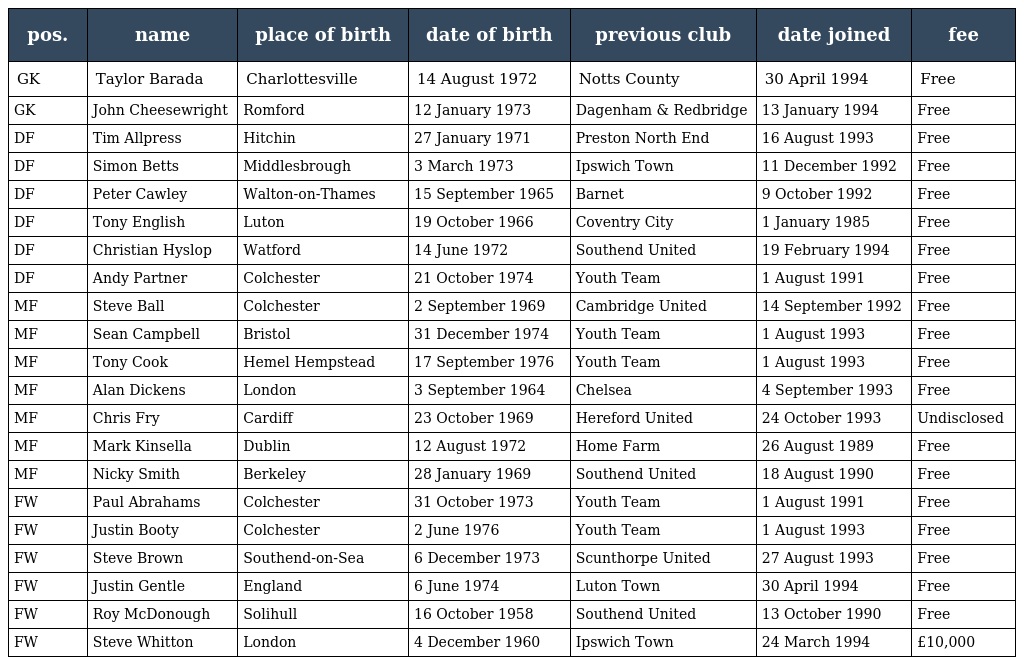
| pos. | name | place of birth | date of birth | previous club | date joined | fee |
 | --- | --- | --- | --- | --- | --- | --- |
 | GK | Taylor Barada | Charlottesville | 14 August 1972 | Notts County | 30 April 1994 | Free |
 | GK | John Cheesewright | Romford | 12 January 1973 | Dagenham & Redbridge | 13 January 1994 | Free |
 | DF | Tim Allpress | Hitchin | 27 January 1971 | Preston North End | 16 August 1993 | Free |
 | DF | Simon Betts | Middlesbrough | 3 March 1973 | Ipswich Town | 11 December 1992 | Free |
 | DF | Peter Cawley | Walton-on-Thames | 15 September 1965 | Barnet | 9 October 1992 | Free |
 | DF | Tony English | Luton | 19 October 1966 | Coventry City | 1 January 1985 | Free |
 | DF | Christian Hyslop | Watford | 14 June 1972 | Southend United | 19 February 1994 | Free |
 | DF | Andy Partner | Colchester | 21 October 1974 | Youth Team | 1 August 1991 | Free |
 | MF | Steve Ball | Colchester | 2 September 1969 | Cambridge United | 14 September 1992 | Free |
 | MF | Sean Campbell | Bristol | 31 December 1974 | Youth Team | 1 August 1993 | Free |
 | MF | Tony Cook | Hemel Hempstead | 17 September 1976 | Youth Team | 1 August 1993 | Free |
 | MF | Alan Dickens | London | 3 September 1964 | Chelsea | 4 September 1993 | Free |
 | MF | Chris Fry | Cardiff | 23 October 1969 | Hereford United | 24 October 1993 | Undisclosed |
 | MF | Mark Kinsella | Dublin | 12 August 1972 | Home Farm | 26 August 1989 | Free |
 | MF | Nicky Smith | Berkeley | 28 January 1969 | Southend United | 18 August 1990 | Free |
 | FW | Paul Abrahams | Colchester | 31 October 1973 | Youth Team | 1 August 1991 | Free |
 | FW | Justin Booty | Colchester | 2 June 1976 | Youth Team | 1 August 1993 | Free |
 | FW | Steve Brown | Southend-on-Sea | 6 December 1973 | Scunthorpe United | 27 August 1993 | Free |
 | FW | Justin Gentle | England | 6 June 1974 | Luton Town | 30 April 1994 | Free |
 | FW | Roy McDonough | Solihull | 16 October 1958 | Southend United | 13 October 1990 | Free |
 | FW | Steve Whitton | London | 4 December 1960 | Ipswich Town | 24 March 1994 | £10,000 |